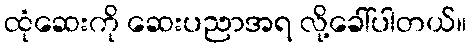
ထုံဆေးကို ဆေးပညာအရ လို့ခေါ်ပါတယ်။